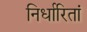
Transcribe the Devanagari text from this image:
निर्धारितां